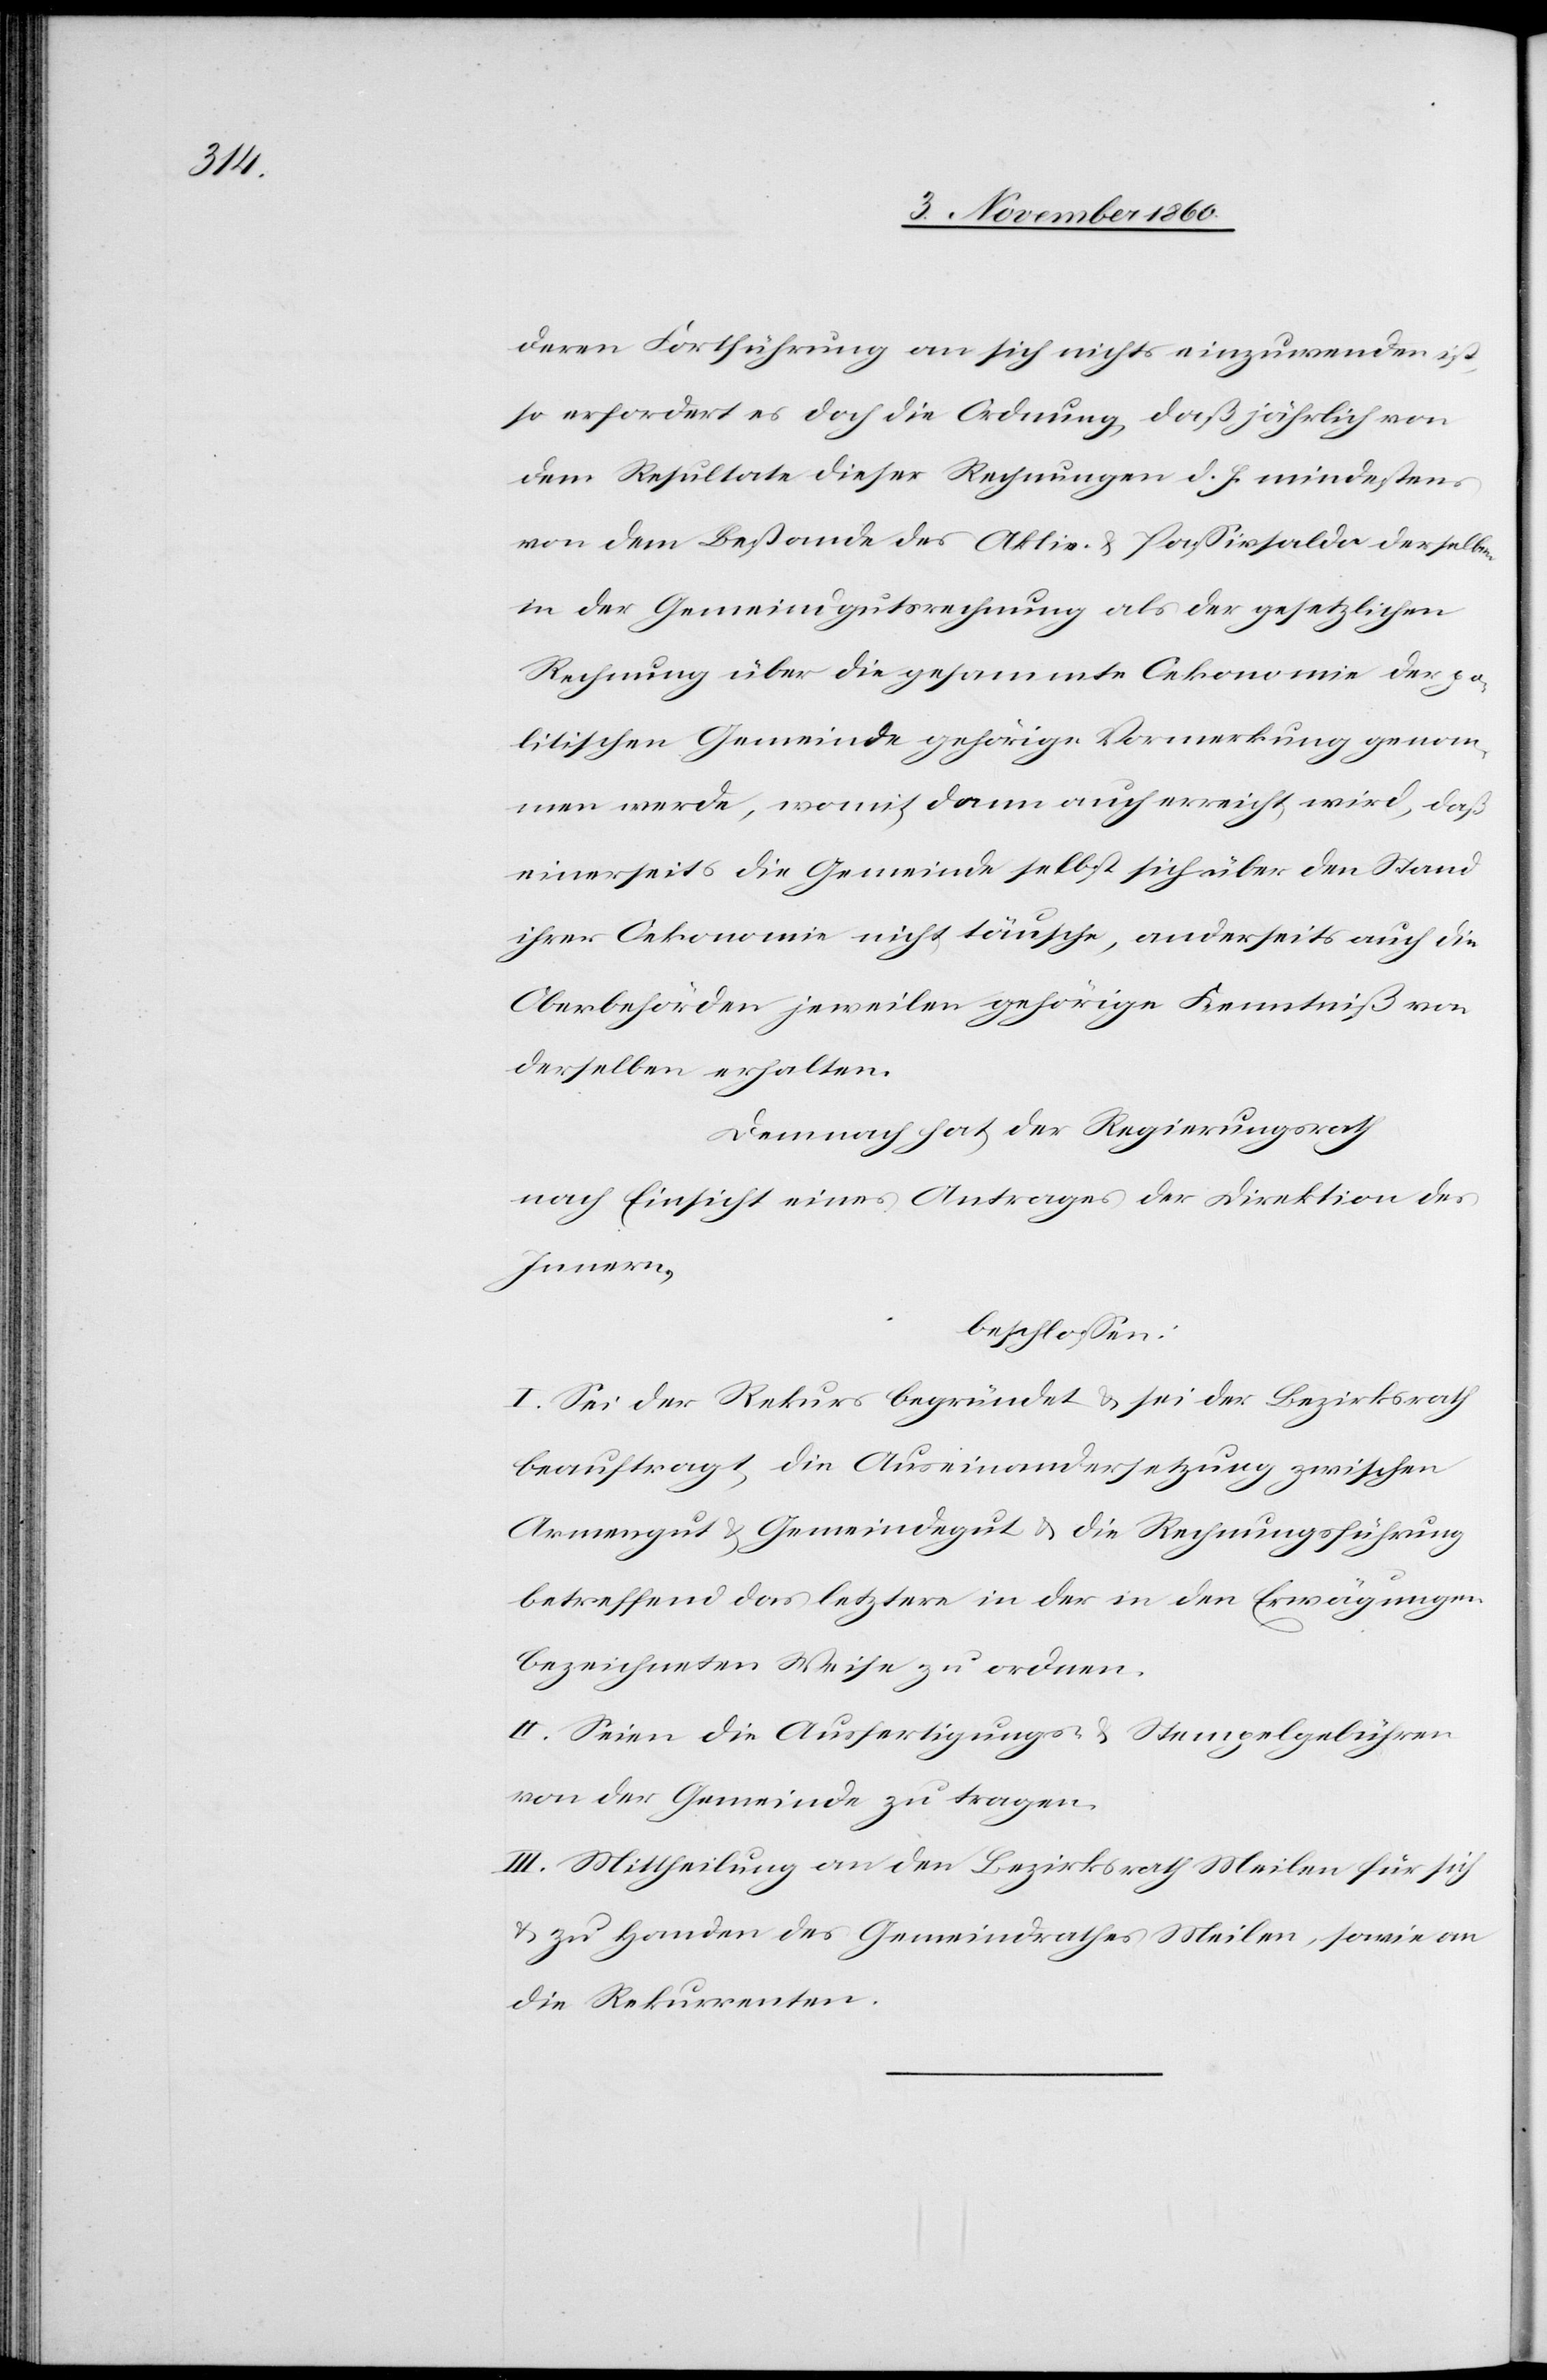
deren Fortführung an sich nichts einzuwenden ist,
so erfordert es doch die Ordnung, daß jährlich von
dem Resultate dieser Rechnungen d. h. mindestens
von dem Bestande des Aktiv- u. Passivsaldo derselben
in der Gemeindgutsrechnung als der gesetzlichen
Rechnung über die gesammte Oekonomie der po¬
litischen Gemeinde gehörige Vormerkung genom¬
men werde, womit dann auch erreicht wird, daß
einerseits die Gemeinde selbst sich über den Stand
ihrer Oekonomie nicht täusche, anderseits auch die
Oberbehörden jeweilen gehörige Kenntniß von
derselben erhalten.
Demnach hat der Regierungsrath
nach Einsicht eines Antrages der Direktion des
Innern,
beschlossen:
I. Sei der Rekurs begründet u. sei der Bezirksrath
beauftragt, die Auseinandersetzung zwischen
Armengut u. Gemeindegut u. die Rechnungsführung
betreffend das letztere in der in den Erwägungen
bezeichneten Weise zu ordnen.
II. Seien die Ausfertigungs- u. Stempelgebühren
von der Gemeinde zu tragen.
III. Mittheilung an den Bezirksrath Meilen für sich
u. zu Handen des Gemeindrathes Meilen, sowie an
die Rekurrenten.